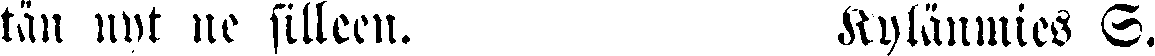
tän nyt ne silleen.  Kylänmies S.